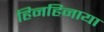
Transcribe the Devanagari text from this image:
हिनहिनाया